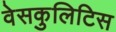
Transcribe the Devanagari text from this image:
वेसकुलिटिस